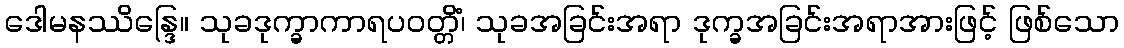
ဒေါမနဿိန္ဒြေ။ သုခဒုက္ခာကာရပဝတ္တိံ၊ သုခအခြင်းအရာ ဒုက္ခအခြင်းအရာအားဖြင့် ဖြစ်သော